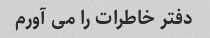
دفتر خاطرات را می آورم